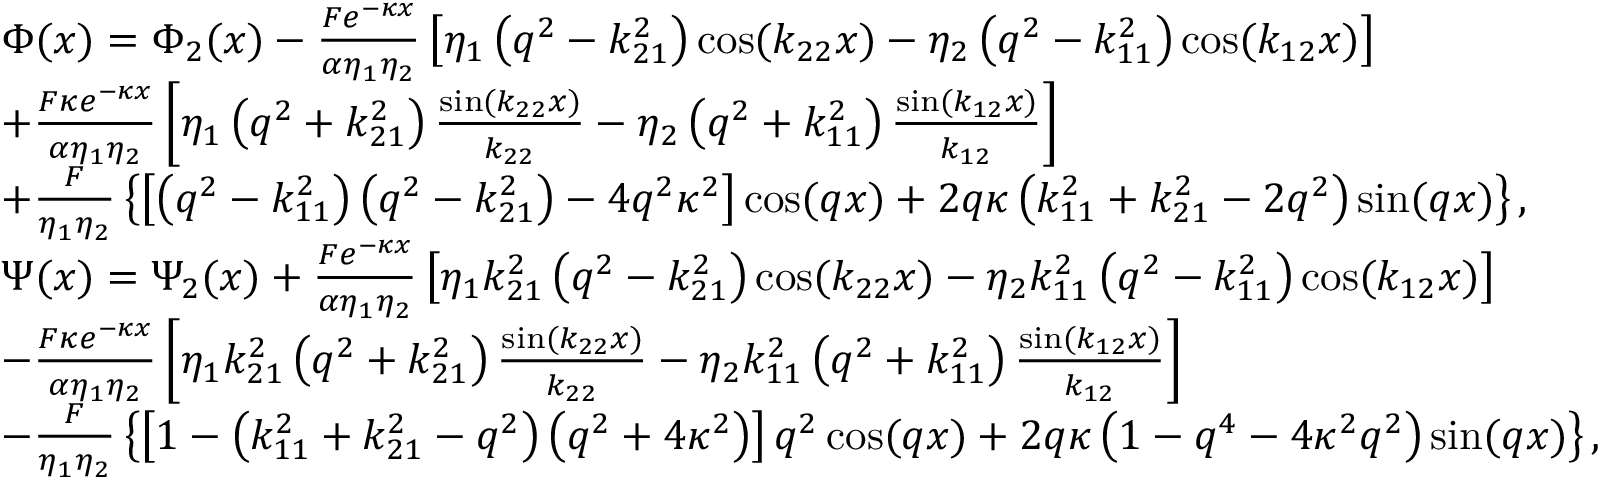
\begin{array} { r l } & { \Phi ( x ) = { \Phi _ { 2 } } ( x ) - \frac { { F { e ^ { - \kappa x } } } } { { \alpha { \eta _ { 1 } } { \eta _ { 2 } } } } \left[ { { \eta _ { 1 } } \left( { { q ^ { 2 } } - k _ { 2 1 } ^ { 2 } } \right) \cos ( { k _ { 2 2 } } x ) - { \eta _ { 2 } } \left( { { q ^ { 2 } } - k _ { 1 1 } ^ { 2 } } \right) \cos ( { k _ { 1 2 } } x ) } \right] } \\ & { + \frac { { F \kappa { e ^ { - \kappa x } } } } { { \alpha { \eta _ { 1 } } { \eta _ { 2 } } } } \left[ { { \eta _ { 1 } } \left( { { q ^ { 2 } } + k _ { 2 1 } ^ { 2 } } \right) \frac { { \sin ( { k _ { 2 2 } } x ) } } { { { k _ { 2 2 } } } } - { \eta _ { 2 } } \left( { { q ^ { 2 } } + k _ { 1 1 } ^ { 2 } } \right) \frac { { \sin ( { k _ { 1 2 } } x ) } } { { { k _ { 1 2 } } } } } \right] } \\ & { + \frac { F } { { { \eta _ { 1 } } { \eta _ { 2 } } } } \left\{ { \left[ { \left( { { q ^ { 2 } } - k _ { 1 1 } ^ { 2 } } \right) \left( { { q ^ { 2 } } - k _ { 2 1 } ^ { 2 } } \right) - 4 { q ^ { 2 } } { \kappa ^ { 2 } } } \right] \cos ( q x ) + 2 q \kappa \left( { k _ { 1 1 } ^ { 2 } + k _ { 2 1 } ^ { 2 } - 2 { q ^ { 2 } } } \right) \sin ( q x ) } \right\} , } \\ & { \Psi ( x ) = { \Psi _ { 2 } } ( x ) + \frac { { F { { { e } } ^ { - \kappa x } } } } { { \alpha { \eta _ { 1 } } { \eta _ { 2 } } } } \left[ { { \eta _ { 1 } } k _ { 2 1 } ^ { 2 } \left( { { q ^ { 2 } } - k _ { 2 1 } ^ { 2 } } \right) \cos ( { k _ { 2 2 } } x ) - { \eta _ { 2 } } k _ { 1 1 } ^ { 2 } \left( { { q ^ { 2 } } - k _ { 1 1 } ^ { 2 } } \right) \cos ( { k _ { 1 2 } } x ) } \right] } \\ & { - \frac { { F \kappa { e ^ { - \kappa x } } } } { { \alpha { \eta _ { 1 } } { \eta _ { 2 } } } } \left[ { { \eta _ { 1 } } k _ { 2 1 } ^ { 2 } \left( { { q ^ { 2 } } + k _ { 2 1 } ^ { 2 } } \right) \frac { { \sin ( { k _ { 2 2 } } x ) } } { { { k _ { 2 2 } } } } - { \eta _ { 2 } } k _ { 1 1 } ^ { 2 } \left( { { q ^ { 2 } } + k _ { 1 1 } ^ { 2 } } \right) \frac { { \sin ( { k _ { 1 2 } } x ) } } { { { k _ { 1 2 } } } } } \right] } \\ & { - \frac { F } { { { \eta _ { 1 } } { \eta _ { 2 } } } } \left\{ { \left[ { 1 - \left( { k _ { 1 1 } ^ { 2 } + k _ { 2 1 } ^ { 2 } - { q ^ { 2 } } } \right) \left( { { q ^ { 2 } } + 4 { \kappa ^ { 2 } } } \right) } \right] { q ^ { 2 } } \cos ( q x ) + 2 q \kappa \left( { 1 - { q ^ { 4 } } - 4 { \kappa ^ { 2 } } { q ^ { 2 } } } \right) \sin ( q x ) } \right\} , } \end{array}